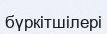
бүркітшілері